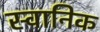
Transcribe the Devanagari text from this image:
स्वानिक